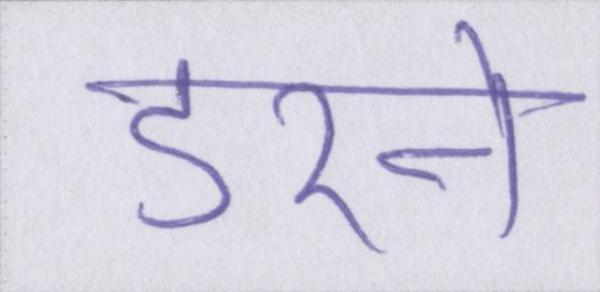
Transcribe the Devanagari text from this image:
डरने